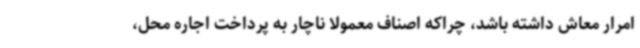
امرار معاش داشته باشد، چراکه اصناف معمولا ناچار به پرداخت اجاره محل،